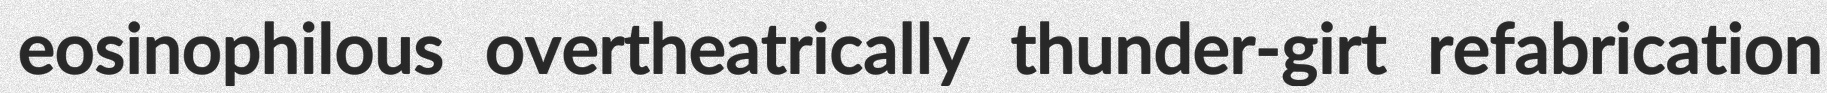
eosinophilous overtheatrically thunder-girt refabrication